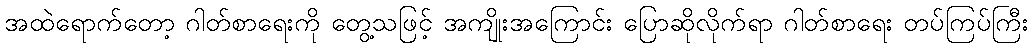
အထဲရောက်တော့ ဂါတ်စာရေးကို တွေ့သဖြင့် အကျိုးအကြောင်း ပြောဆိုလိုက်ရာ ဂါတ်စာရေး တပ်ကြပ်ကြီး